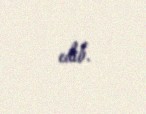
edib.